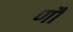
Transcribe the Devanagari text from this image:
णौं